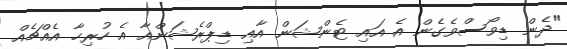
"ދެން ޑިވޯސްވެގެން އެ އައި ޓެންޝަން އާއި ޑިޕްރެޝަންއާ އެ ހުރިހާ އެއްޗެއް